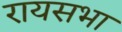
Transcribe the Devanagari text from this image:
रायसभा